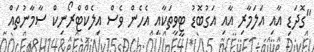
"ގޮދަޑި އާއި އަލަމާރި އާއި އަގުބޮޑު ޓީވީތަކާއި އެހެން ވެސް އިލެކްޓްރޯނިކް ސާމާނުތައް